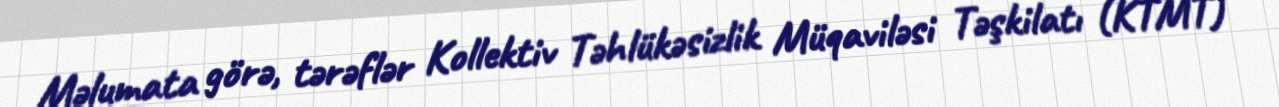
Məlumata görə, tərəflər Kollektiv Təhlükəsizlik Müqaviləsi Təşkilatı (KTMT)